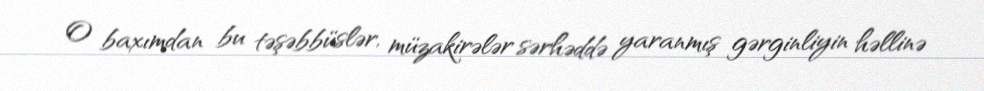
O baxımdan bu təşəbbüslər, müzakirələr sərhəddə yaranmış gərginliyin həllinə